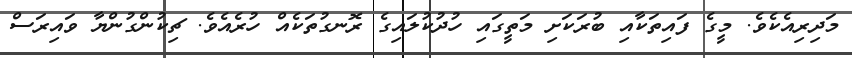
މަދިރިއެކެވެ. މީގެ ފައިތަކާއި ބުރަކަށި މަތީގައި ހުދުކުލައިގެ ރޮނގުތަކެއް ހުރެއެވެ. ޗިކުންގުންޔާ ވައިރަސް